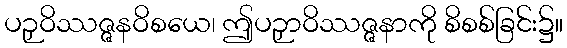
ပဉှဝိဿဇ္ဇနဝိစယေ၊ ဤပဉှာဝိဿဇ္ဇနာကို စိစစ်ခြင်း၌။